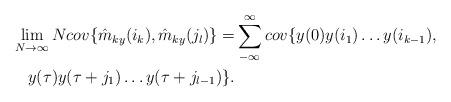
LaTeX: \begin{align*} \lim_{N \to \infty}Ncov\{\hat{m}_{ky}(i_k),\hat{m}_{ky}(j_l)\} = &\sum_{-\infty}^{\infty} cov\{y(0)y(i_1)\dots y(i_{k-1}),\\y(\tau)y(\tau+j_1)\dots y(\tau+j_{l-1})\}.\end{align*}